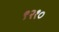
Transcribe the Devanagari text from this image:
९२१०